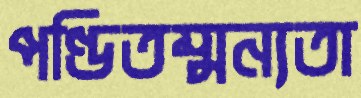
পণ্ডিতম্মন্যতা